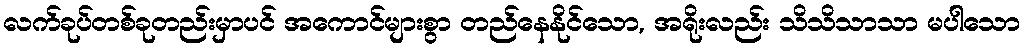
လက်ခုပ်တစ်ခုတည်းမှာပင် အကောင်များစွာ တည်နေနိုင်သော, အရိုးလည်း သိသိသာသာ မပါသော